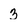
Character: 3